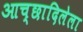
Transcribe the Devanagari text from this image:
आच्छादिलेला